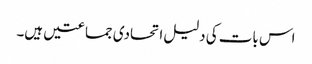
اس بات کی دلیل اتحادی جماعتیں ہیں۔